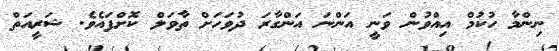
ނިންމާ ހުކުމް އިއްވުން ވަނީ އަންނަ އަންގާރަ ދުވަހަށް ތާވަލް ކޮށްފައެވެ. ޝަރީއަތް